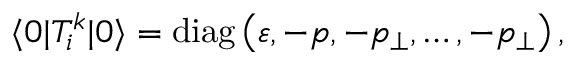
\langle 0 | T _ { i } ^ { k } | 0 \rangle = \mathrm { d i a g } \left( \varepsilon , - p , - p _ { \perp } , \ldots , - p _ { \perp } \right) ,